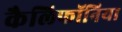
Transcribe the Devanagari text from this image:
कैलिफॉनिया